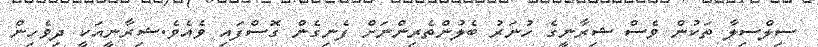
ސިލްސިލާ ތަކުން ވެސް ޝިރާނީގެ ހުނަރު ބެލުންތެރިންނަށް ފެނިގެން ގޮސްފައި ވެއެވެ.ޝިރާނީއަކީ ދިވެހިން